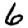
Digit: 6